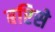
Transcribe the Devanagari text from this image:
बरिसे